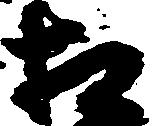
相